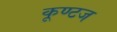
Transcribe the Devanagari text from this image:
कूण्टज